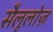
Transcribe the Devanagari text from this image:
सैलूलोज़